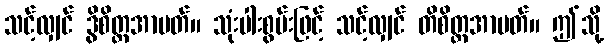
သင့်လျှင် ဒွိစိတ္တအာပတ်။ သုံးပါးစွမ်းဖြင့် သင့်လျှင် တိစိတ္တအာပတ်။ ဤသို့